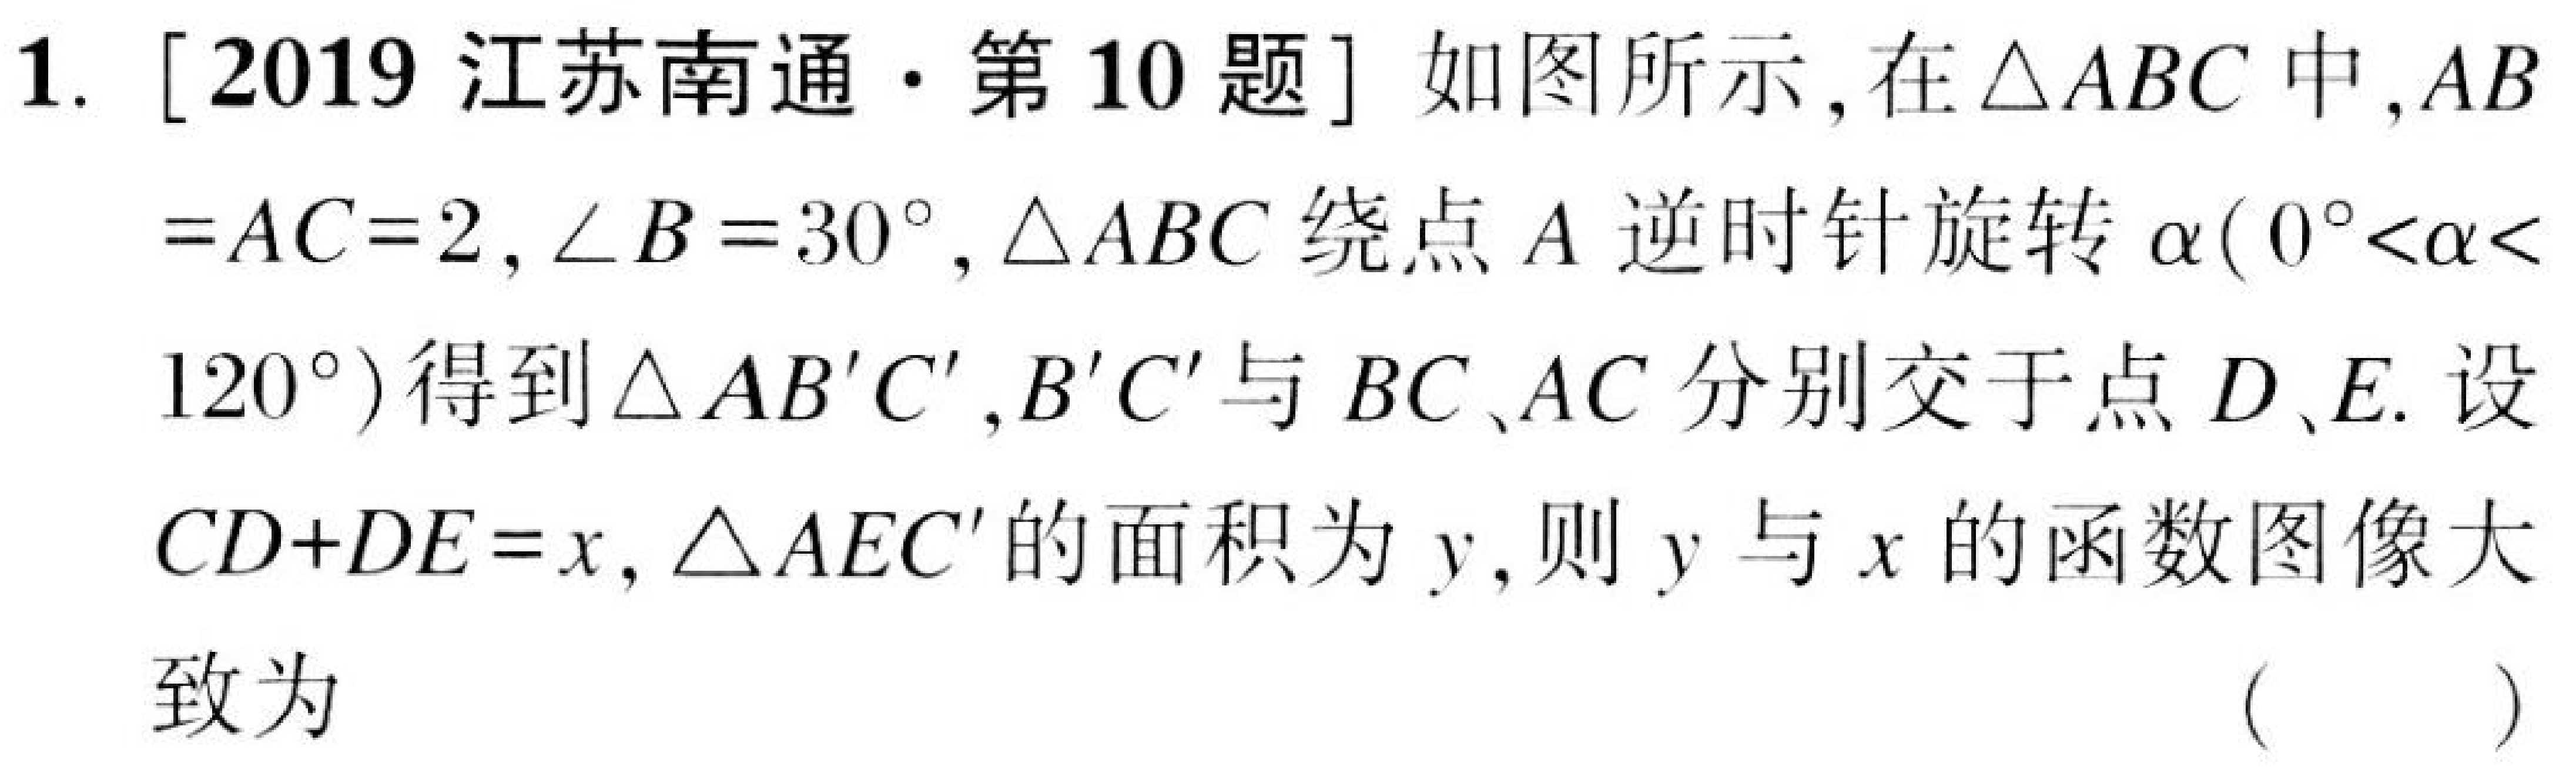
1. [2019 江苏南通·第10题] 如图所示, 在$\triangle ABC$中,$AB = AC = 2,\angle B = 30^{\circ},\triangle ABC$绕点$A$逆时针旋转$\alpha(0^{\circ}<\alpha<120^{\circ})$得到$\triangle AB'C'$,$B'C'$与$BC、AC$分别交于点$D、E$. 设$CD + DE=x,\triangle AEC'$的面积为$y$, 则$y$与$x$的函数图像大致为  (  )